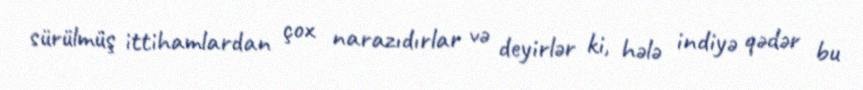
sürülmüş ittihamlardan çox narazıdırlar və deyirlər ki, hələ indiyə qədər bu